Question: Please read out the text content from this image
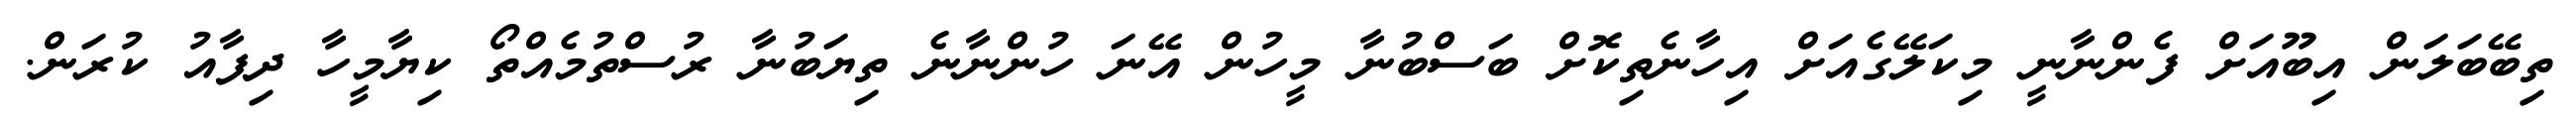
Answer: ތިބޭބަލަން އިބޫއަށް ފެންނާނީ މިކަލޭގެއަށް އިހާނެތިކޮށް ބަސްބުނާ މީހުން އޭނަ ހުންނާނެ ތިޔަބުނާ ރުސްތުމެއްތޯ ކިޔާމީހާ ދިފާއު ކުރަން.